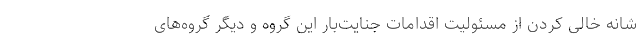
شانه خالی کردن از مسئولیت اقدامات جنایت‌بار این گروه و دیگر گروه‌های